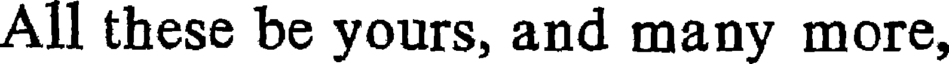
All these be yours, and many more,